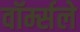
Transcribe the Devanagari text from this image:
वॉर्म्सले